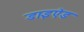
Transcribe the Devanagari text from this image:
डाइऐड